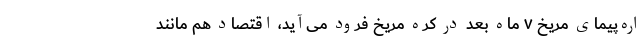
اره‌پیمای مریخ ۷ ماه بعد در کره مریخ فرود می‌آید، اقتصاد هم مانند